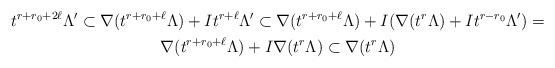
LaTeX: \begin{align*}\begin{gathered}t^{r+r_0+2\ell} \Lambda^{\prime} \subset\nabla(t^{r+r_0+\ell}\Lambda) + I t^{r+\ell}\Lambda^{\prime} \subset\nabla(t^{r+r_0+\ell}\Lambda) + I (\nabla(t^r\Lambda)+I t^{r-r_0}\Lambda^{\prime}) = \\\nabla(t^{r+r_0+\ell}\Lambda) + I \nabla(t^r\Lambda) \subset\nabla(t^r\Lambda)\end{gathered}\end{align*}